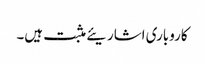
کاروباری اشاریئے مثبت ہیں۔